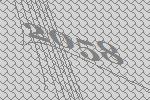
2058